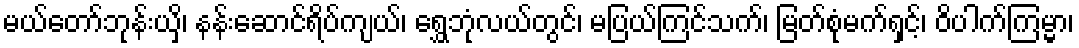
မယ်တော်ဘုန်းယှိ၊ နန်းဆောင်ရိပ်ကျယ်၊ ရွှေဘုံလယ်တွင်၊ မပြယ်ကြင်သက်၊ မြတ်စုံမက်ရှင့်၊ ဝိပါက်ကြမ္မာ၊